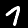
Digit: 7